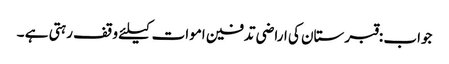
جواب :قبرستان کی اراضی تدفین اموات کیلئے وقف رہتی ہے ۔